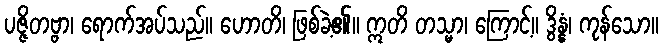
ပဇ္ဇိတဗ္ဗာ၊ ရောက်အပ်သည်။ ဟောတိ၊ ဖြစ်ခဲ့၏။ ဣတိ တသ္မာ၊ ကြောင့်။ ဒွိန္နံ၊ ကုန်သော။